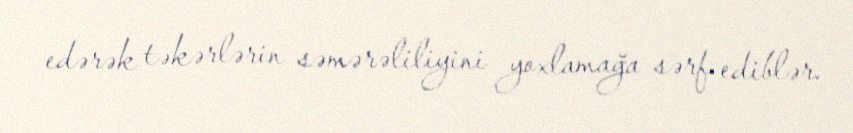
edərək təkərlərin səmərəliliyini yoxlamağa sərf ediblər.